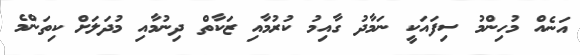
އަނެއް މުހިންމު ސިފައަކީ ނަމާދު ގާއިމު ކުރުމާއި ޒަކާތް ދިނުމާއި މުދަލަށް ކިތަންމެ